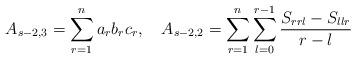
LaTeX: \begin{align*}A_{s-2,3} = \sum_{r=1}^{n}a_{r}b_{r}c_{r}, \ \ \ A_{s-2,2} = \sum_{r=1}^{n}\sum_{l=0}^{r-1}\frac{S_{rrl}- S_{llr}}{r-l} \end{align*}